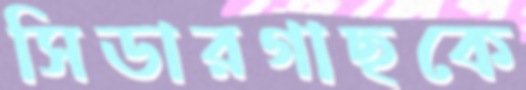
সিডারগাছকে